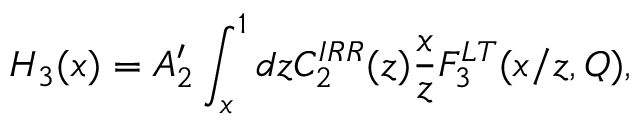
H _ { 3 } ( x ) = A _ { 2 } ^ { \prime } \int _ { x } ^ { 1 } d z C _ { 2 } ^ { I R R } ( z ) \frac { x } { z } F _ { 3 } ^ { L T } ( x / z , Q ) ,